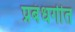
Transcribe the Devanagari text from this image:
प्रबंधगीत